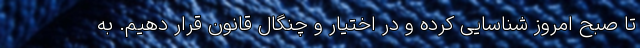
تا صبح امروز شناسایی کرده و در اختیار و چنگال قانون قرار دهیم. به